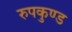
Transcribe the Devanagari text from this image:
रुपकुण्ड